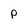
Character: p